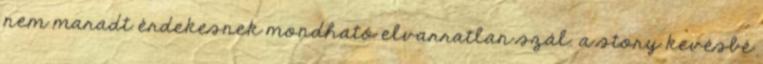
nem maradt érdekesnek mondható elvarratlan szál. a story kevésbé